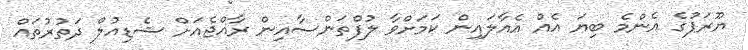
ޔޫރަޕުގެ އެންމެ ބިޔަ އެއް އެއާލައިން ކަމަށްވާ ލުފްތަންސާއިން ރާއްޖެއަށް ޝެޑިއުލް ދަތުރުތައް